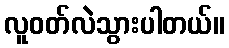
လူဝတ်လဲသွားပါတယ်။